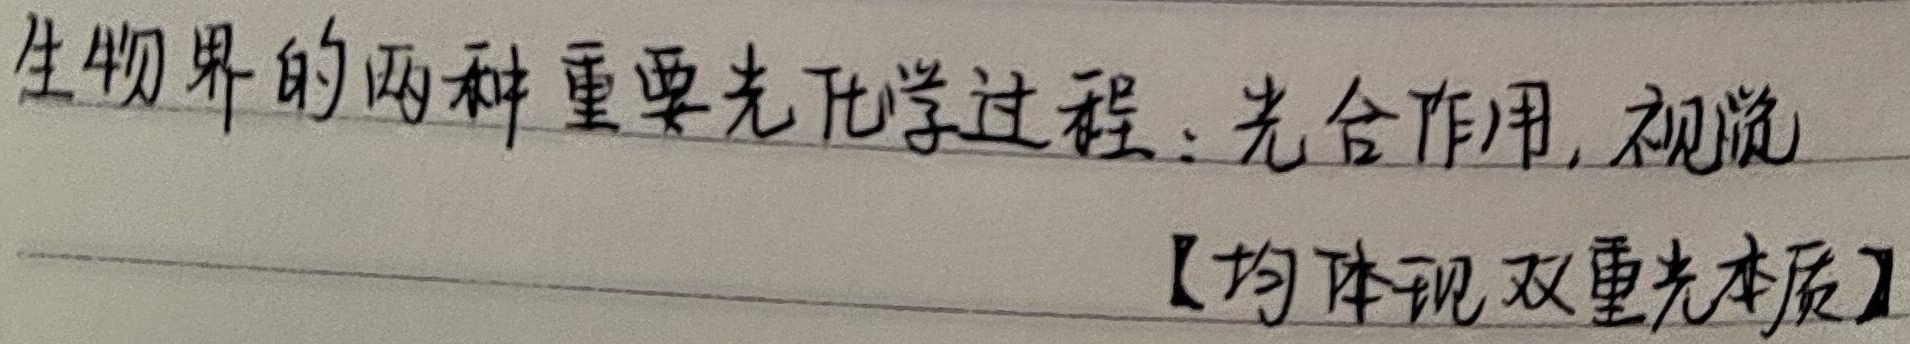
生物界的两种重要光化学过程：光合作用, 视觉 【均体现双重光本质】